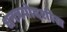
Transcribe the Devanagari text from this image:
धनत्रयोदशीस